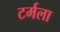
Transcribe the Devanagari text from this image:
टर्मला